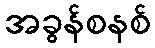
အခွန်စနစ်